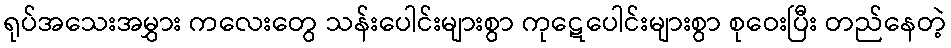
ရုပ်အသေးအမွှား ကလေးတွေ သန်းပေါင်းများစွာ ကုဋေပေါင်းများစွာ စုဝေးပြီး တည်နေတဲ့